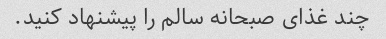
چند غذای صبحانه سالم را پیشنهاد کنید.